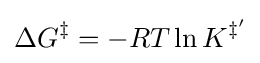
\Delta G^{\ddagger }=-RT\ln K^{\ddagger '}